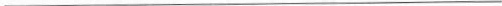
___